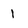
Character: 1